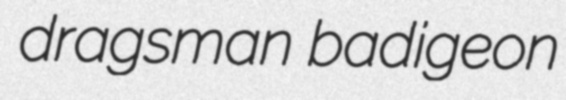
dragsman badigeon